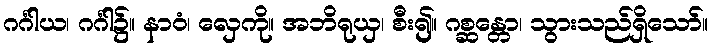
ဂင်္ဂါယ၊ ဂင်္ဂါ၌။ နာဝံ၊ လှေကို။ အဘိရုယှ၊ စီး၍။ ဂစ္ဆန္တော၊ သွားသည်ရှိသော်။